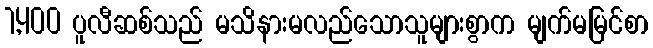
1,400 ပူလီဆစ်သည် မသိနားမလည်သောသူများစွာက မျက်မမြင်စာ